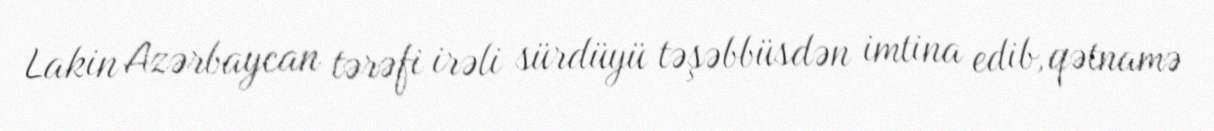
Lakin Azərbaycan tərəfi irəli sürdüyü təşəbbüsdən imtina edib, qətnamə